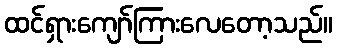
ထင်ရှားကျော်ကြားလေတော့သည်။